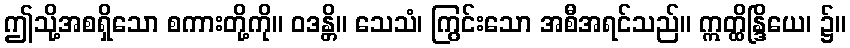
ဤသို့အစရှိသော စကားတို့ကို။ ဝဒန္တိ။ သေသံ၊ ကြွင်းသော အစီအရင်သည်။ ဣတ္ထိန္ဒြိယေ၊ ၌။